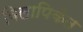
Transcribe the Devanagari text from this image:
विलापिकेत